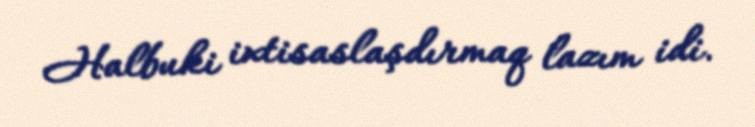
Halbuki ixtisaslaşdırmaq lazım idi.